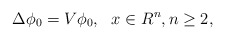
\begin{align*}\Delta \phi_{0}=V\phi_{0},\ \ x \in R^{n}, n\geq2,\end{align*}